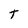
Character: t